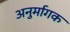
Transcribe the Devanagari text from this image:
अनुर्मागक